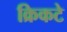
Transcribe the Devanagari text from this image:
क्रिकटे